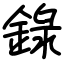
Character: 錄